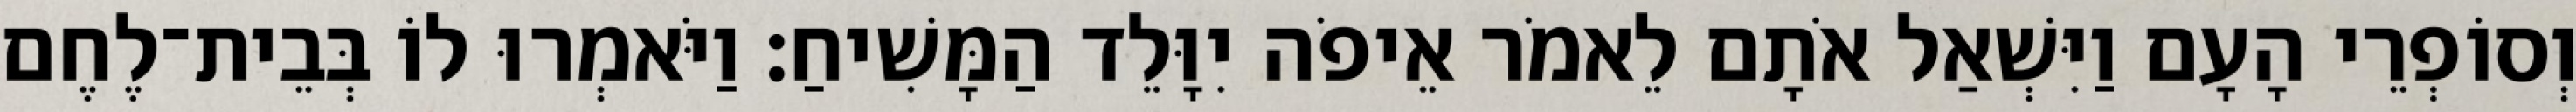
וְסוֹפְרֵי הָעָם וַיִּשְׁאַל אֹתָם לֵאמֹר אֵיפֹה יִוָּלֵד הַמָּשִׁיחַ׃ וַיֹּאמְרוּ לוֹ בְּבֵית־לֶחֶם